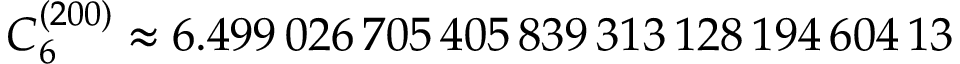
C _ { 6 } ^ { ( 2 0 0 ) } \approx 6 . 4 9 9 \, 0 2 6 \, 7 0 5 \, 4 0 5 \, 8 3 9 \, 3 1 3 \, 1 2 8 \, 1 9 4 \, 6 0 4 \, 1 3